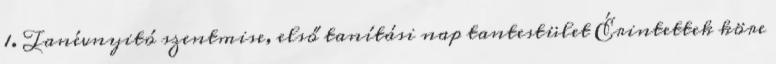
1. Tanévnyitó szentmise, első tanítási nap tantestület Érintettek köre